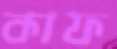
কাফ